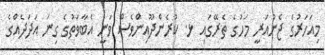
މިއަހަރުގެ ޖެނުއަރީ މަހުގެ ތެރޭގައި ޅ. ކުރެންދޫއިންވެސް ވަނީ އެބާވަތުގެ ގިނަ އަދަދެއްގެ